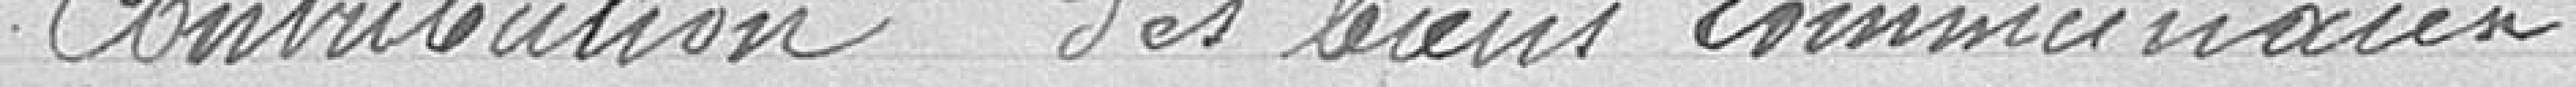
Contribution des Sieurs communaux 2100  2106.60  6.60